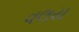
વલય